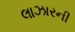
લાઝારની